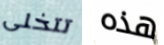
تتخلى هذه